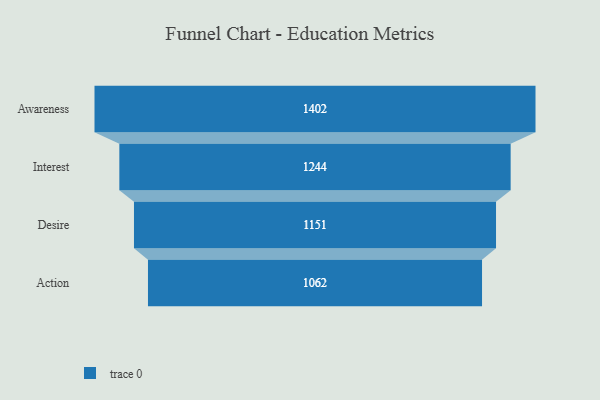
{"axis": {"x": "Stage", "y": "Value"}, "legend": [""], "data": [{"x": "Awareness", "y": 1402.0, "type": ""}, {"x": "Interest", "y": 1244.0, "type": ""}, {"x": "Desire", "y": 1151.0, "type": ""}, {"x": "Action", "y": 1062.0, "type": ""}]}